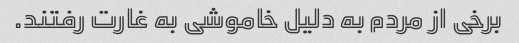
برخی از مردم به دلیل خاموشی به غارت رفتند.